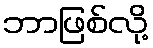
ဘာဖြစ်လို့